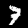
Digit: 7